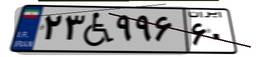
۸۲W۳۸۴۷۱